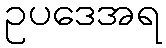
ဥပဒေအရ